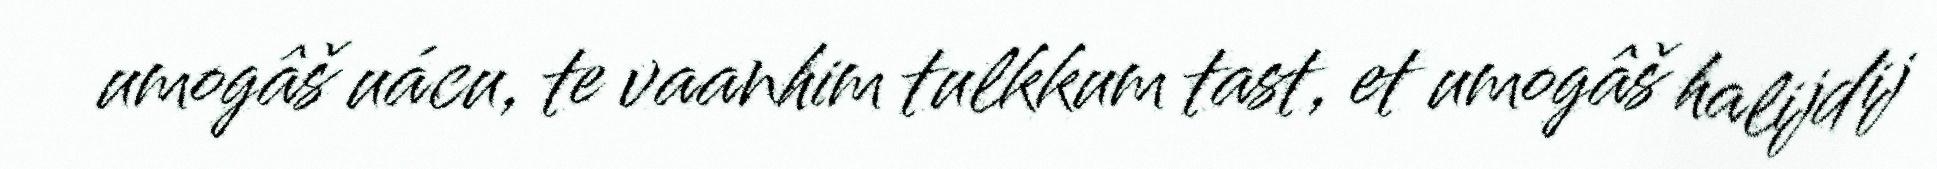
umogâš uácu, te vaanhim tulkkum tast, et umogâš halijdij